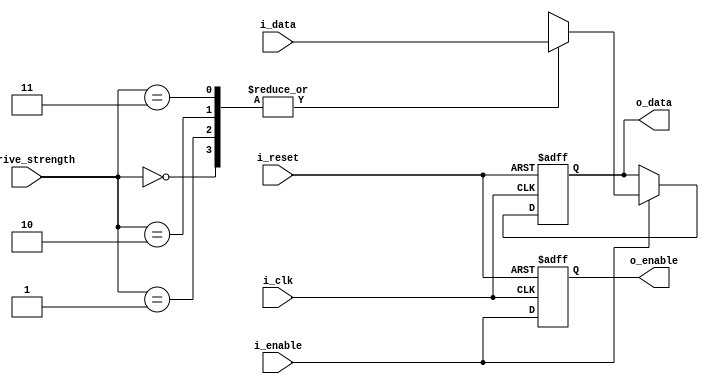
module LVCMOS_buffer (
    input wire i_clk,
    input wire i_reset,
    input wire i_data,  // input signal from external device
    output reg o_data,  // buffered output signal to internal logic

    // Drive strength control signals
    input wire [1:0] i_drive_strength,

    // Input and output enable controls
    input wire i_enable,
    output reg o_enable
);

// Signal integrity check and buffering
always @(posedge i_clk or posedge i_reset) begin
    if (i_reset) begin
        o_data <= 1'b0;
    end else if (i_enable) begin
        case(i_drive_strength)
            2'b00: o_data <= i_data;  // Low drive strength
            2'b01: o_data <= i_data;  // Medium drive strength
            2'b10: o_data <= i_data;  // High drive strength
            2'b11: o_data <= i_data;  // Maximum drive strength
        endcase
    end
end

// Output enable control for bidirectional communication
always @(posedge i_clk or posedge i_reset) begin
    if (i_reset) begin
        o_enable <= 1'b0;
    end else begin
        o_enable <= i_enable;
    end
end

endmodule